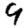
Digit: 9